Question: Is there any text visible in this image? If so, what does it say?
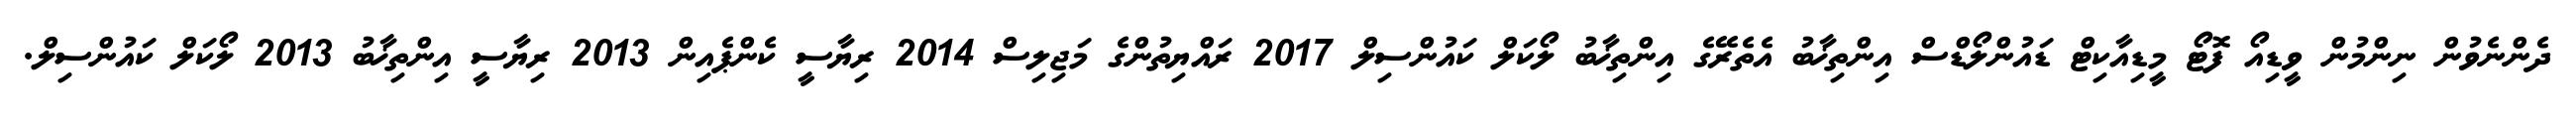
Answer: ދެންނެވުން ނިންމުން ވީޑިއޯ ފޮޓޯ މީޑިއާކިޓް ޑައުންލޯޑްސް އިންތިޚާބު އެތެރޭގެ އިންތިޚާބު ލޯކަލް ކައުންސިލް 2017 ރައްޔިތުންގެ މަޖިލިސް 2014 ރިޔާސީ ކެންޕެއިން 2013 ރިޔާސީ އިންތިޚާބު 2013 ލޯކަލް ކައުންސިލް.